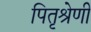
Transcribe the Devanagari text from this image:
पितृश्रेणी